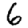
Digit: 6